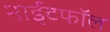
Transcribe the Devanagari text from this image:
नाईटफाॅल